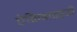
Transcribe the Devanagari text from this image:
ऐक्रिडाइइडी